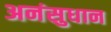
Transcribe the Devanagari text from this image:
अनंसुधान